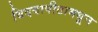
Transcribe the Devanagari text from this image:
विदयापीठामधून